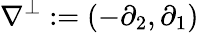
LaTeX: \nabla^{\perp}:=(-\partial_{2},\partial_{1})